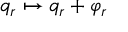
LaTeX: q _ { r } \mapsto q _ { r } + \varphi _ { r }